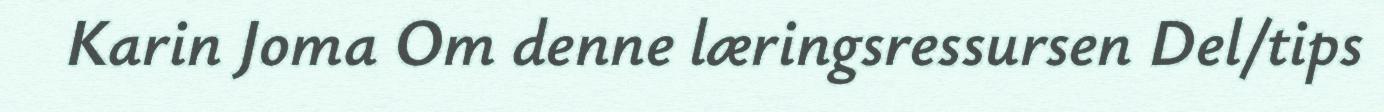
Karin Joma Om denne læringsressursen Del/tips